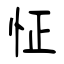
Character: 怔